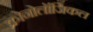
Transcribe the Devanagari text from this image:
क्रोनोलॉजिकल